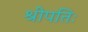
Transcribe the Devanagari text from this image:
श्रीपतिः